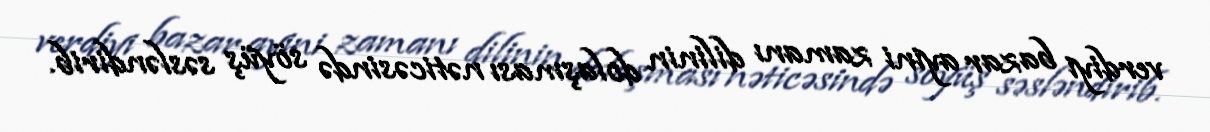
verdiyi bazar ayini zamanı dilinin dolaşması nəticəsində söyüş səsləndirib.